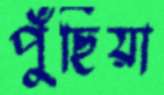
পুঁছিয়া